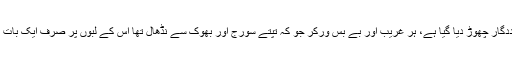
آج کاسٹ سسٹم واضح ہو گیا کس طرح اقلیتوں کو وبا میں بے یارو مددگار چھوڑ دیا گیا ہے، ہر غریب اور بے بس ورکر جو کہ تپتے سورج اور بھوک سے نڈھال تھا اس کے لبوں پر صرف ایک بات تھی،خدا پر بھروسہ اور یہ دراصل بد اعتمادی ہے مودی حکومت پر۔